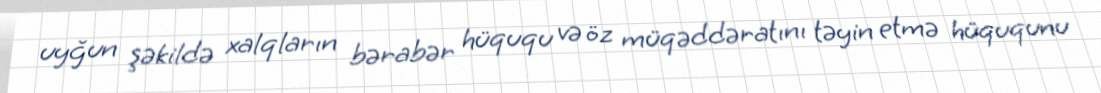
uyğun şəkildə xalqların bərabər hüququ və öz müqəddəratını təyin etmə hüququnu